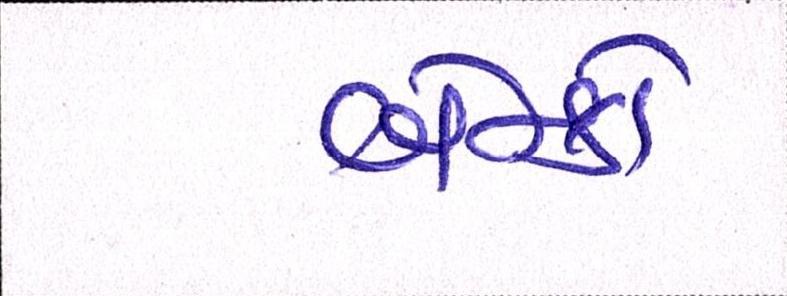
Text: બેન્કો